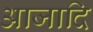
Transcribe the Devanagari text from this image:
आजादि